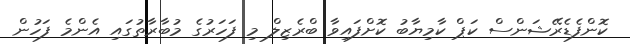
ކޮންފެޑެރޭޝަންސް ކަޕް ކާމިޔާބު ކޮށްފައިވާ ބްރެޒިލް މި ފަހަރުގެ މުބާރާތުގައި އެންމެ ފަހުން